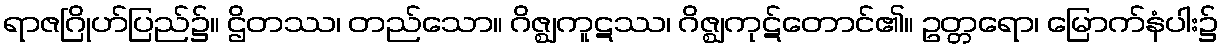
ရာဇဂြိုဟ်ပြည်၌။ ဌိတဿ၊ တည်သော။ ဂိဇ္ဈကူဋဿ၊ ဂိဇ္ဈကုဋ်တောင်၏။ ဥတ္တရော၊ မြောက်နံပါး၌